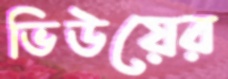
ভিউয়ের